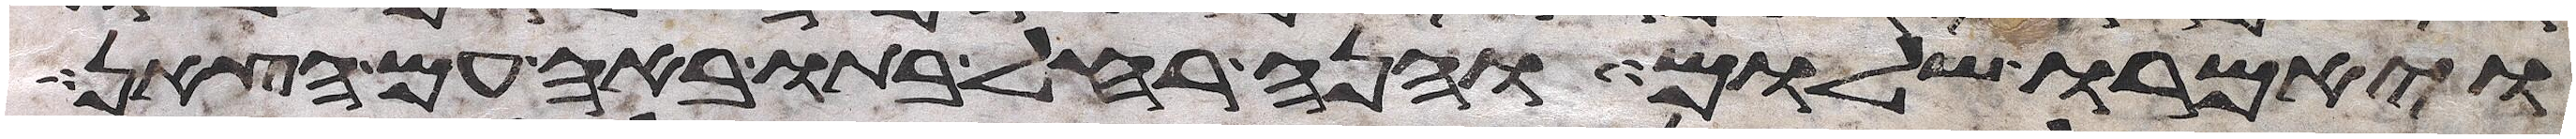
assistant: ויאמרו שלום והנה רחל בתו באה עם הצאן